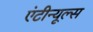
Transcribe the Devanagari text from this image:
एंटीन्यूल्स